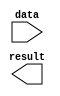
module ABS (
	data,
	result);

	input	[29:0]  data;
	output	[29:0]  result;

endmodule